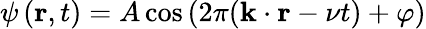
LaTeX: \psi\left({\mathbf{r}},t\right)=A\cos\left(2\pi({\mathbf{k}}\cdot{\mathbf{r}}-\nu t)+\varphi\right)